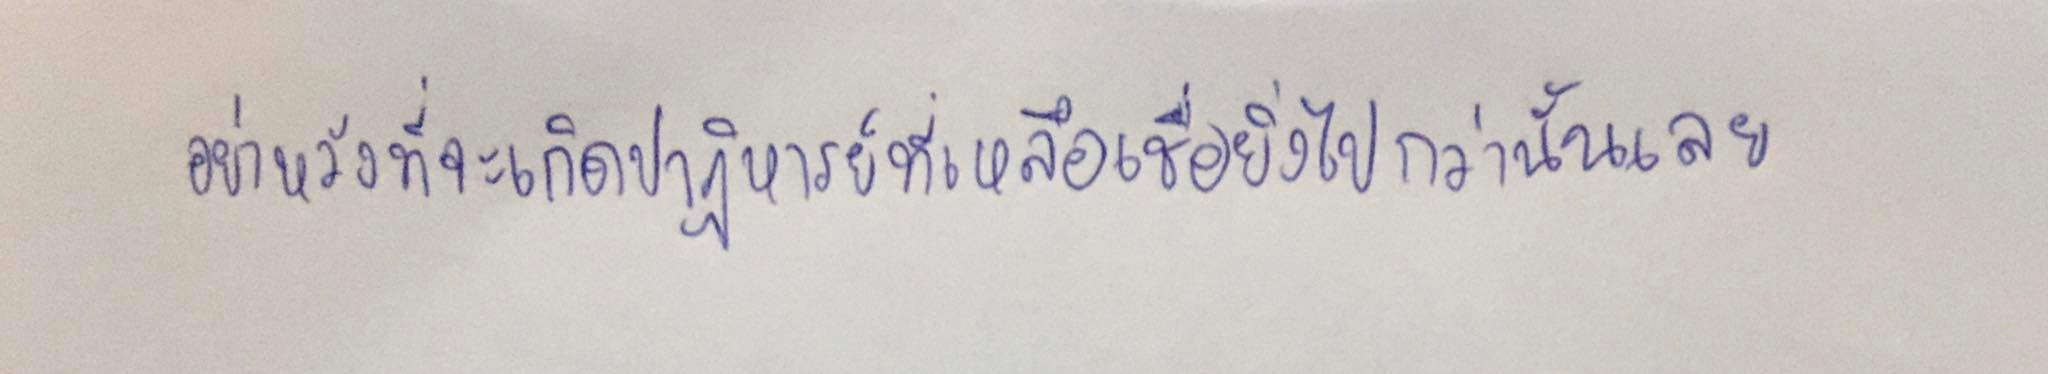
อย่าหวังที่จะเกิดปาฎิหารย์ที่เหลือเชื่อยิ่งไปกว่านั้นเลย"